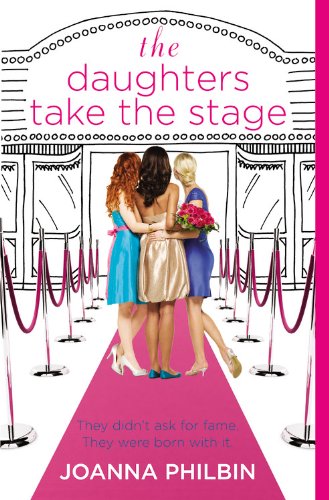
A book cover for The Daughters Take the Stage; Joanna Philbin; Teen & Young Adult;